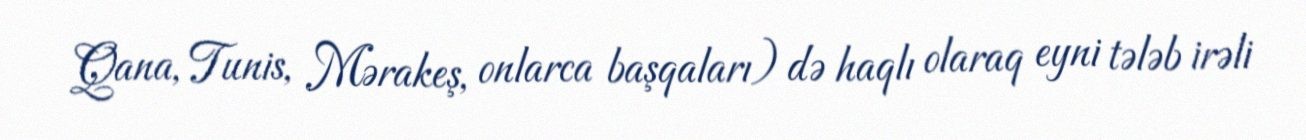
Qana, Tunis, Mərakeş, onlarca başqaları) də haqlı olaraq eyni tələb irəli